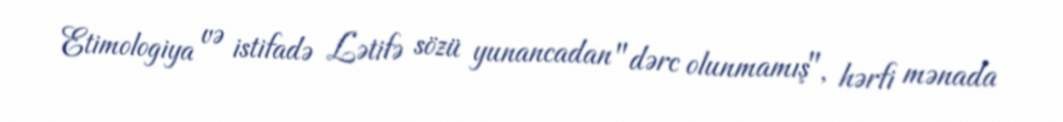
Etimologiya və istifadə Lətifə sözü yunancadan "dərc olunmamış", hərfi mənada